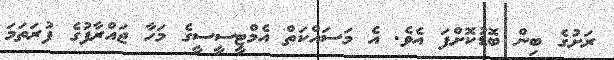
ރަށުގެ ބިން ބޮޑުކޮށްފަ އެވެ. އެ މަސައްކަތް އެމްޓީސީސީގެ މަހާ ޖައްރާފުގެ ފުރަތަމަ